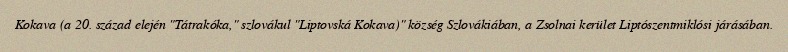
Kokava (a 20. század elején "Tátrakóka," szlovákul "Liptovská Kokava)" község Szlovákiában, a Zsolnai kerület Liptószentmiklósi járásában.